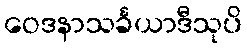
ဝေဒနာသင်္ခယာဒီသုပိ